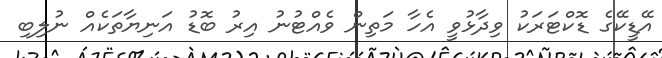
އޭޑީކޭގެ ޑޮކްޓަރަކު ވިދާޅުވީ އެހާ މަތިން ވެއްޓުނު އިރު ބޮޑު އަނިޔާތަކެއް ނުލިބި